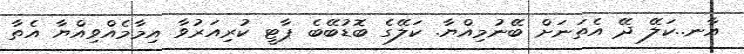
އާނ..ކަލޭ ދޭ އެތަނަށް ބޭނުމިއްޔާ. ކަލޭގެ ބޮޑުބޭބެ ޕާޓީ ކުރިއަރުވާ އިމާމެއްވިއްޔާ އެތާ